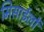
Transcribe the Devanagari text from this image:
मिसाईलों